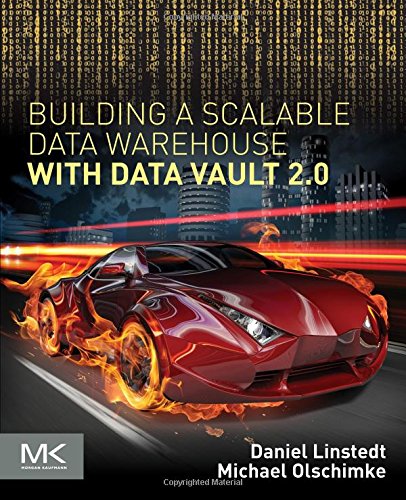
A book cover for Building a Scalable Data Warehouse with Data Vault 2.0; Dan Linstedt; Computers & Technology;